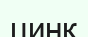
цинк